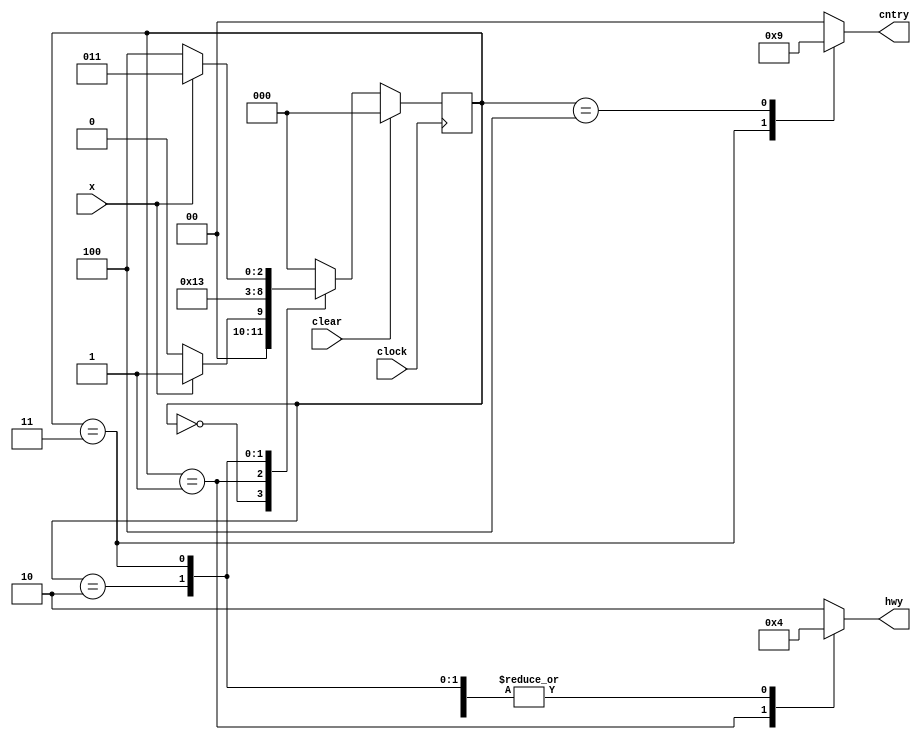
module traffic_light_controller(hwy,cntry,x,clock,clear

    );
input x,clear,clock;
output [1:0]hwy,cntry;
reg[1:0]hwy,cntry;
reg[2:0]state;
parameter true=1'd1,false=1'd0,red=2'd0,yellow=2'd1,green=2'd2;
parameter s0=3'd0,s1=3'd1,s2=3'd2,s3=3'd3,s4=3'd4;
parameter y2rdelay=3,r2ydelay=2,r2gdelay=1;
reg[2:0]next_state; 
always @(posedge clock)
if(clear)
state <= s0;
else
state <= next_state ;



always @ (state)
begin
hwy = green;
cntry =red;
case (state)
s0 : begin 
hwy = green;
cntry = red;
end
s1 : begin
hwy = yellow ;
cntry =red;
end
s2 :begin
hwy =red;
cntry=red;
end
s3:begin
hwy =red;
cntry=green;
end
s4 : begin
hwy =red;
cntry = yellow;
end
endcase
end
always @(state or x)
begin 

case(state)
s0:if(x)
next_state = s1;
else
next_state =s0;
s1:begin
repeat(y2rdelay) next_state = s1;
next_state = s2;
end
s2:begin
repeat(r2gdelay) next_state = s2;
next_state = s3;
end
s3 : if (x)
next_state = s3;
else
next_state = s4;
s4 : begin 
repeat(y2rdelay) next_state =s4;
next_state = s0;
end
default :next_state = s0;
endcase
end

endmodule